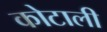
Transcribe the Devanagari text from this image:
कोटाली